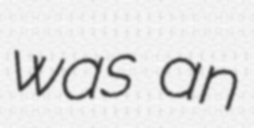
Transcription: was an